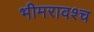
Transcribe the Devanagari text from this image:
भीमरावश्च